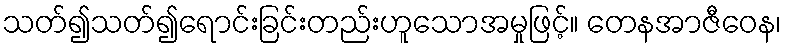
သတ်၍သတ်၍ရောင်းခြင်းတည်းဟူသောအမှုဖြင့်။ တေနအာဇီဝေန၊